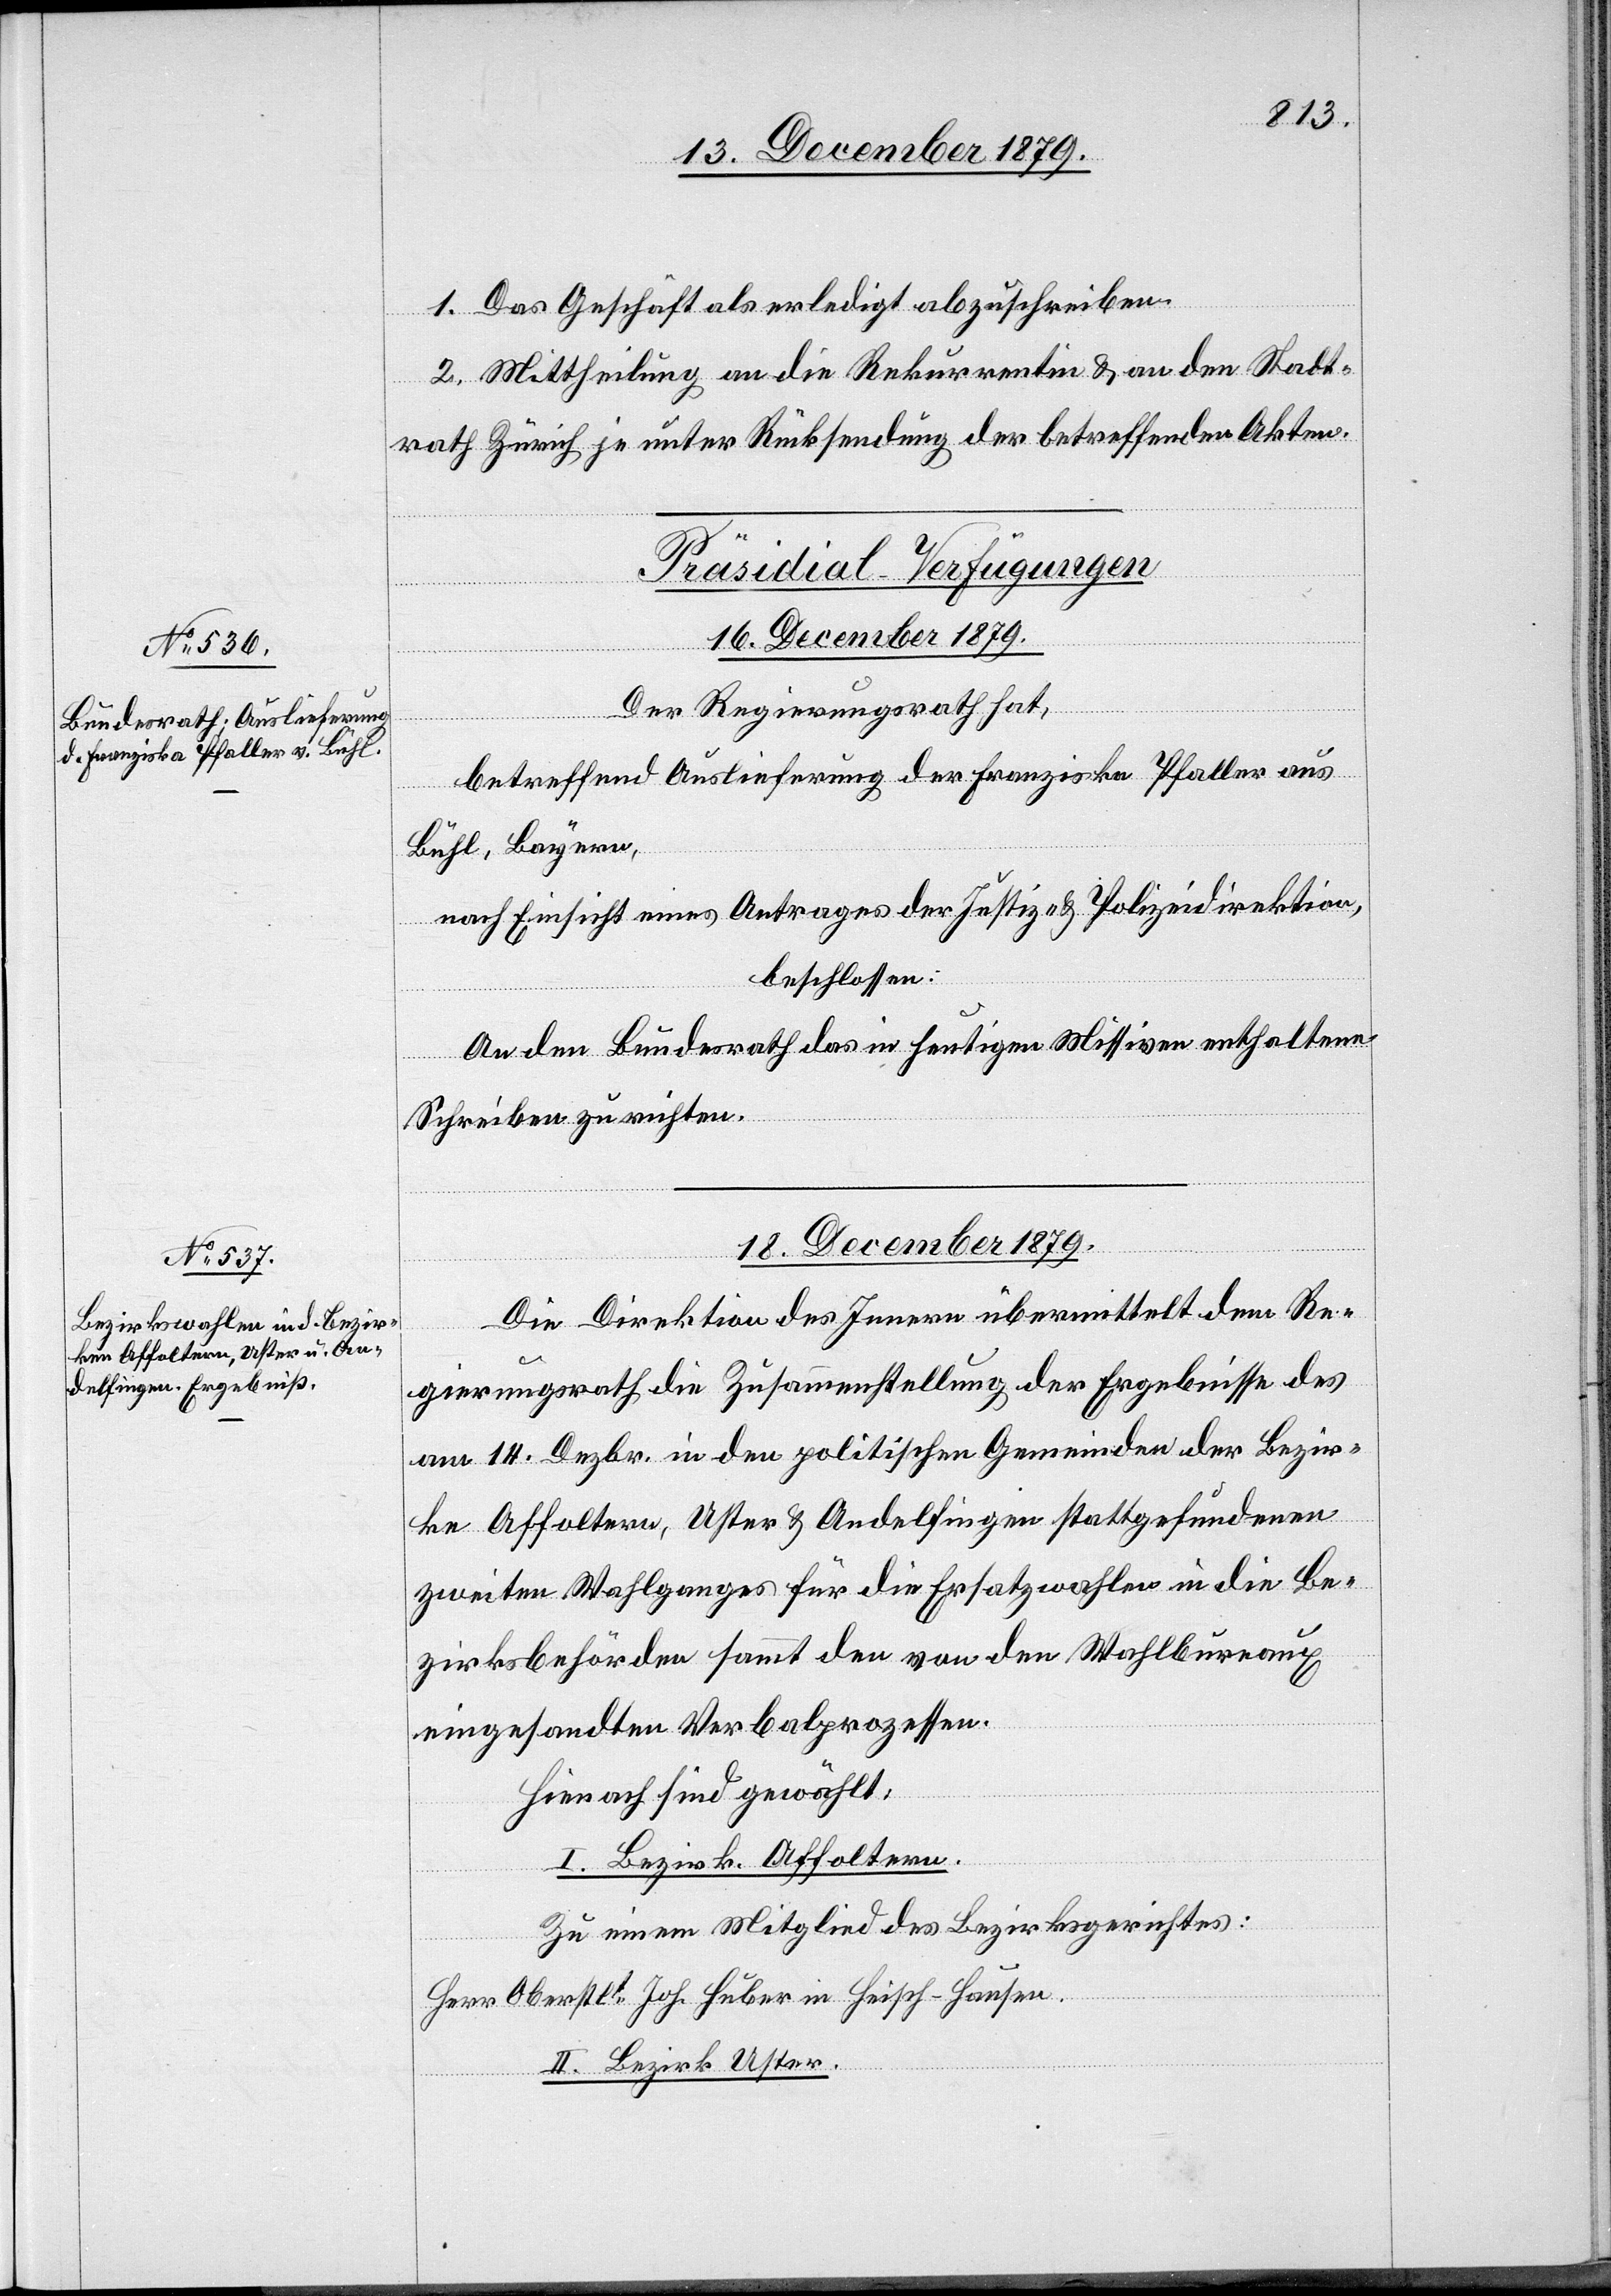
18. December 1879.
1. Das Geschäft als erledigt abzuschreiben.
2. Mittheilung an die Rekurrentin & an den Stadt¬
rath Zürich je unter Rücksendung der betreffenden Akten.
[Präsidial-Verfügungen]
16. December 1879.
Der Regierungsrath hat,
betreffend Auslieferung der Franziska Pfaller aus
Bühl, Bayern,
nach Einsicht eines Antrages der Justiz- & Polizeidirektion,
beschlossen:
An den Bundesrat das in heutigen Missiven enthaltene
Schreiben zu richten.
Die Direktion des Innern übermittelt dem Re¬
gierungsrath die Zusammenstellung der Ergebnisse des
am 14. Dezbr. in den politischen Gemeinden der Bezir¬
ke Affoltern, Uster & Andelfingen stattgefundenen
zweiten Wahlganges für die Ersatzwahlen in die Be¬
zirksbehörden sammt den von den Wahlbureaux
eingesandten Verbalprozessen.
Hierauf sind gewählt:
I. Bezirk. Affoltern.
Zu einem Mitglied des Bezirksgerichtes:
Herr Oberstlt. Joh. Huber in Heisch - Hausen.
II. Bezirk Uster.